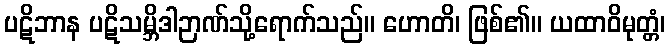
ပဋိဘာန ပဋိသမ္ဘိဒါဉာဏ်သို့ရောက်သည်။ ဟောတိ၊ ဖြစ်၏။ ယထာဝိမုတ္တံ၊